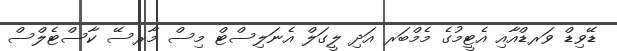
ޑޭވިޑް ވަރޑްއާއި އެޓީމުގެ މެމްބަރ އަދި ލީގަލް އެނަލިސްޓް މިސް މާރސޭ ކާސްޓެލްސް